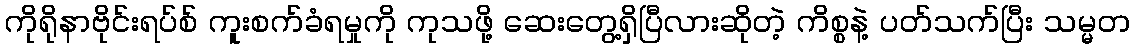
ကိုရိုနာဗိုင်းရပ်စ် ကူးစက်ခံရမှုကို ကုသဖို့ ဆေးတွေ့ရှိပြီလားဆိုတဲ့ ကိစ္စနဲ့ ပတ်သက်ပြီး သမ္မတ